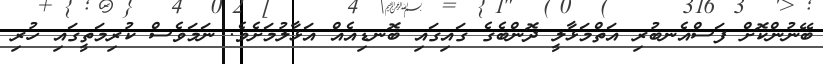
ބޭނުންކޮށް ފަސްއެނބުރި އަތްމަޅާލީ ދޮންބެގެ ގައިގައި ބޮނޑިއެއް އަޅާލުމަށެވެ. ނަމަވެސް ކުރިމަތީގައި ހުރި